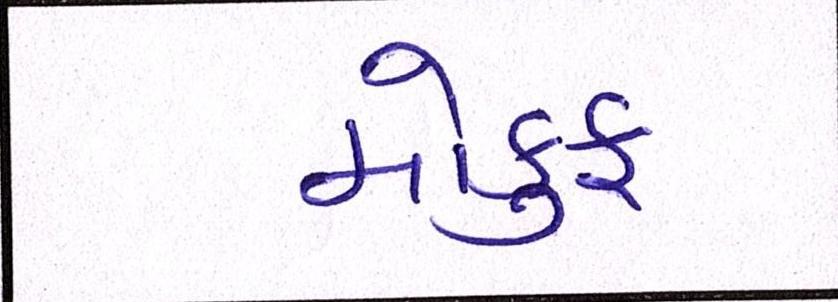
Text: મોકુફ